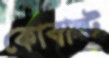
কোবাল্ট